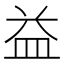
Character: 益